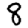
Digit: 8